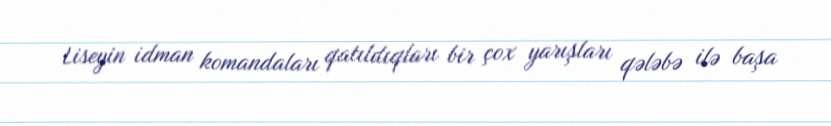
Liseyin idman komandaları qatıldıqları bir çox yarışları qələbə ilə başa